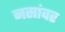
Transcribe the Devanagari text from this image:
नसांवर